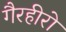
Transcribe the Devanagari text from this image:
गैरहीरो